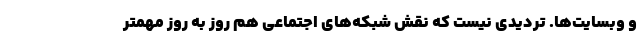
و وبسایت‌ها. تردیدی نیست که نقش شبکه‌های اجتماعی هم روز به روز مهمتر